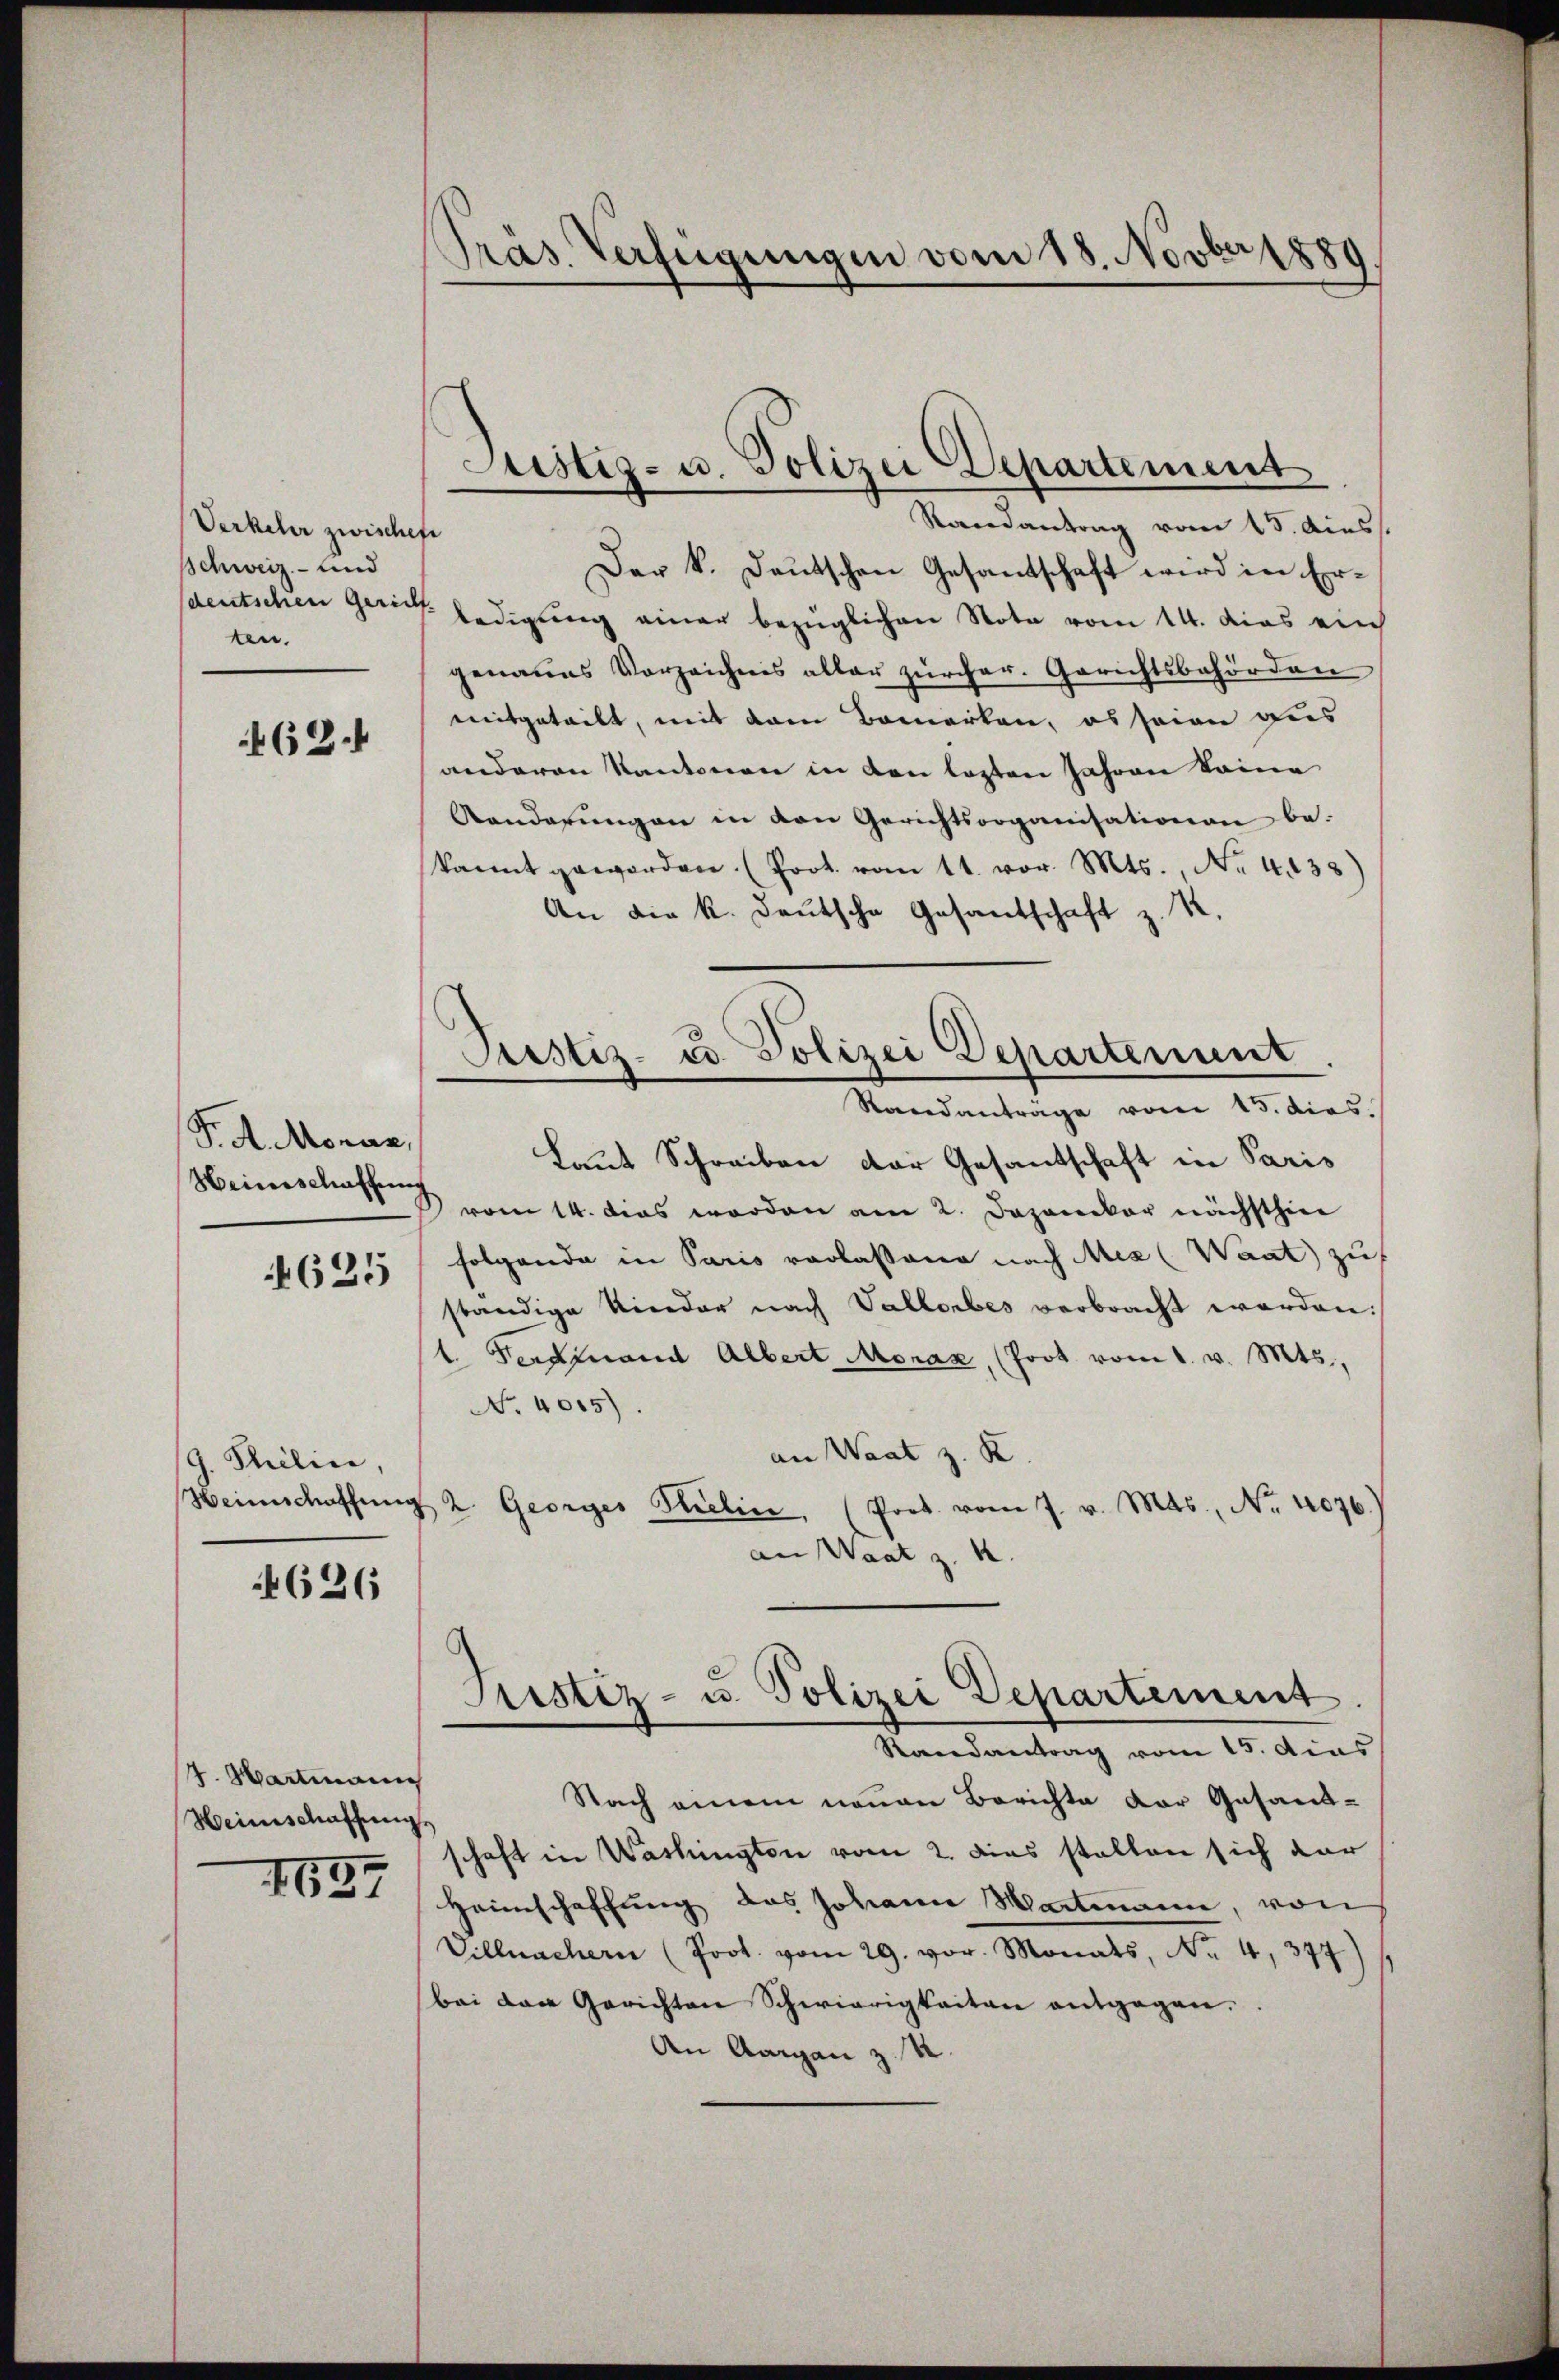
Verkehr zwischen
Schweiz und
ten.

462.

F. A. Monar,
Heinischaffung

4625

9. Selin,

626

4. Hartmann
Heimschaffung.
1697

Präs. Verfügungen vom 18. Novber 1889

Justiz- u. Polizei Departement

Randantrag vom 15. Auss
Der k. Deutschen Gesantschaft wird in Ersaeutschen gerich ledigung einer bezüglichen Note vom 14. das ein
genaues Vorzeichnis aller zürcher. Gerichtsbehörden
mitgeteilt, mit dem Bemerken, es seien dies
anderen Kantonen in den lezten Jahren keine
Kanderŭngen in den Gerichtsorganisationen be-
kannt geworden. (Prot. vom 11. vor. Mts. No. 438)
An die k. Deutsche Gesantschaft z. R.
Standanträge vom 15. dies
Laut Schreiben der Gesandschaft in Paris
vom 14. Das worden am 2. Daponiker nächsthin
folgende in Paris vorlassene nach Mea (Waat zu
ständige Kinder nach Vallorbes verbracht worden:
t. Ferdinand Albert Monax, (Poot vom 1. v. Mts.,
No. 4015).
an Waat z. R.
Heimschaffŭng 2. Georges Kielin, (Prot. vom 7. v. Mts., Nr. 1076.)
an Waat z. B.
Justiz- u. Polizei Departement.
Randantrag vom 15. dies
Nach einem neuen Berichte der Gesand-
schaft in Washington vom 2. dies stellen sich dar
Heimschaffung des Johann Wartmann, von
Villmachern (Poot. vom 29. vor. Monats, No 4,377)
bei den Gerichten Schwierigkeiten entgegen.
An Aargau z. R.

Justiz- u. Polizei Departement.